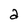
Character: a